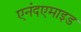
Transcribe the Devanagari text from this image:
एनंदएमाइड